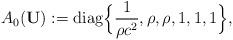
LaTeX: \begin{align*}A_0({\bf{U}}):=\mathrm{diag}\Big\{\frac{1}{\rho c^2},\rho,\rho,1,1,1\Big\},\end{align*}